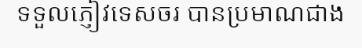
ទទួលភ្ញៀវទេសចរ បានប្រមាណជាង